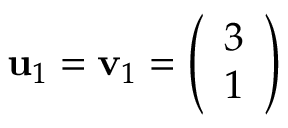
\mathbf { u } _ { 1 } = \mathbf { v } _ { 1 } = { \left( \begin{array} { l } { 3 } \\ { 1 } \end{array} \right) }